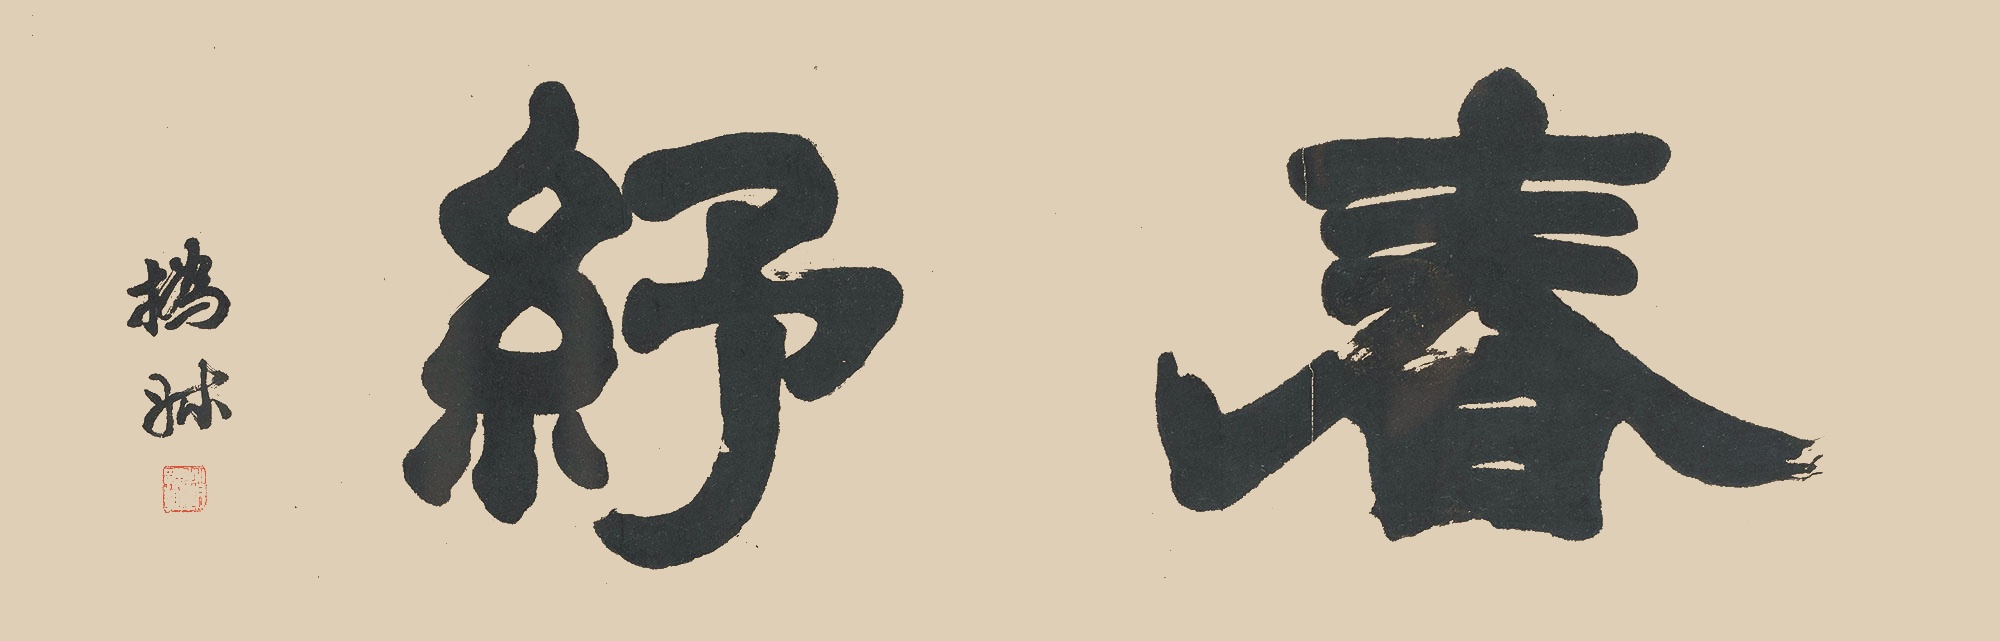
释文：春纾㧑叔。